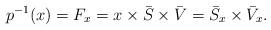
LaTeX: \begin{align*}p^{-1}(x)=F_{x}=x\times \bar{S}\times\bar{V}= \bar{S}_{x}\times\bar{V}_{x}.\end{align*}